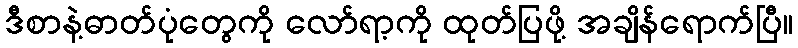
ဒီစာနဲ့ဓာတ်ပုံတွေကို လော်ရာ့ကို ထုတ်ပြဖို့ အချိန်ရောက်ပြီ။